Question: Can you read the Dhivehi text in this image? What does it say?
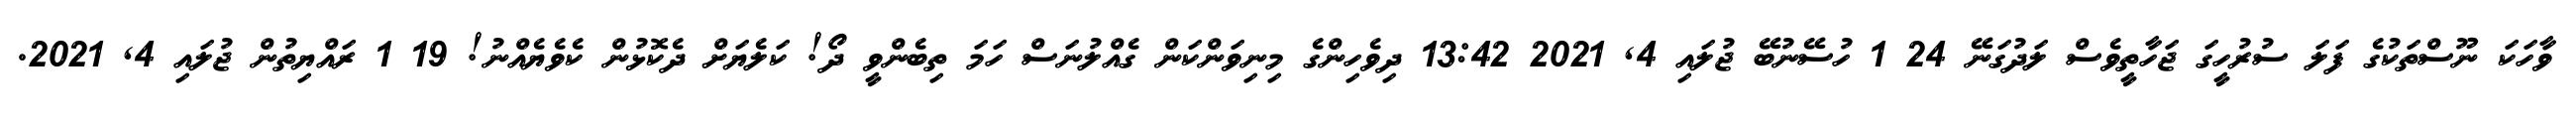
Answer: ވާހަކަ ނޫސްތަކުގެ ފަލަ ސުރުހީގަ ޖަހާތީވެސް ލަދުގަނޭ 24 1 ހުސޭނުބޭ ޖުލައި 4, 2021 13:42 ދިވެހިންގެ މިނިވަންކަން ގެއްލުނަސް ހަމަ ތިބެންވީ ދޯ! ކަލެޔަށް ދެކޮޅުން ކެވެޔެއްނު! 19 1 ރައްޔިތުން ޖުލައި 4, 2021.